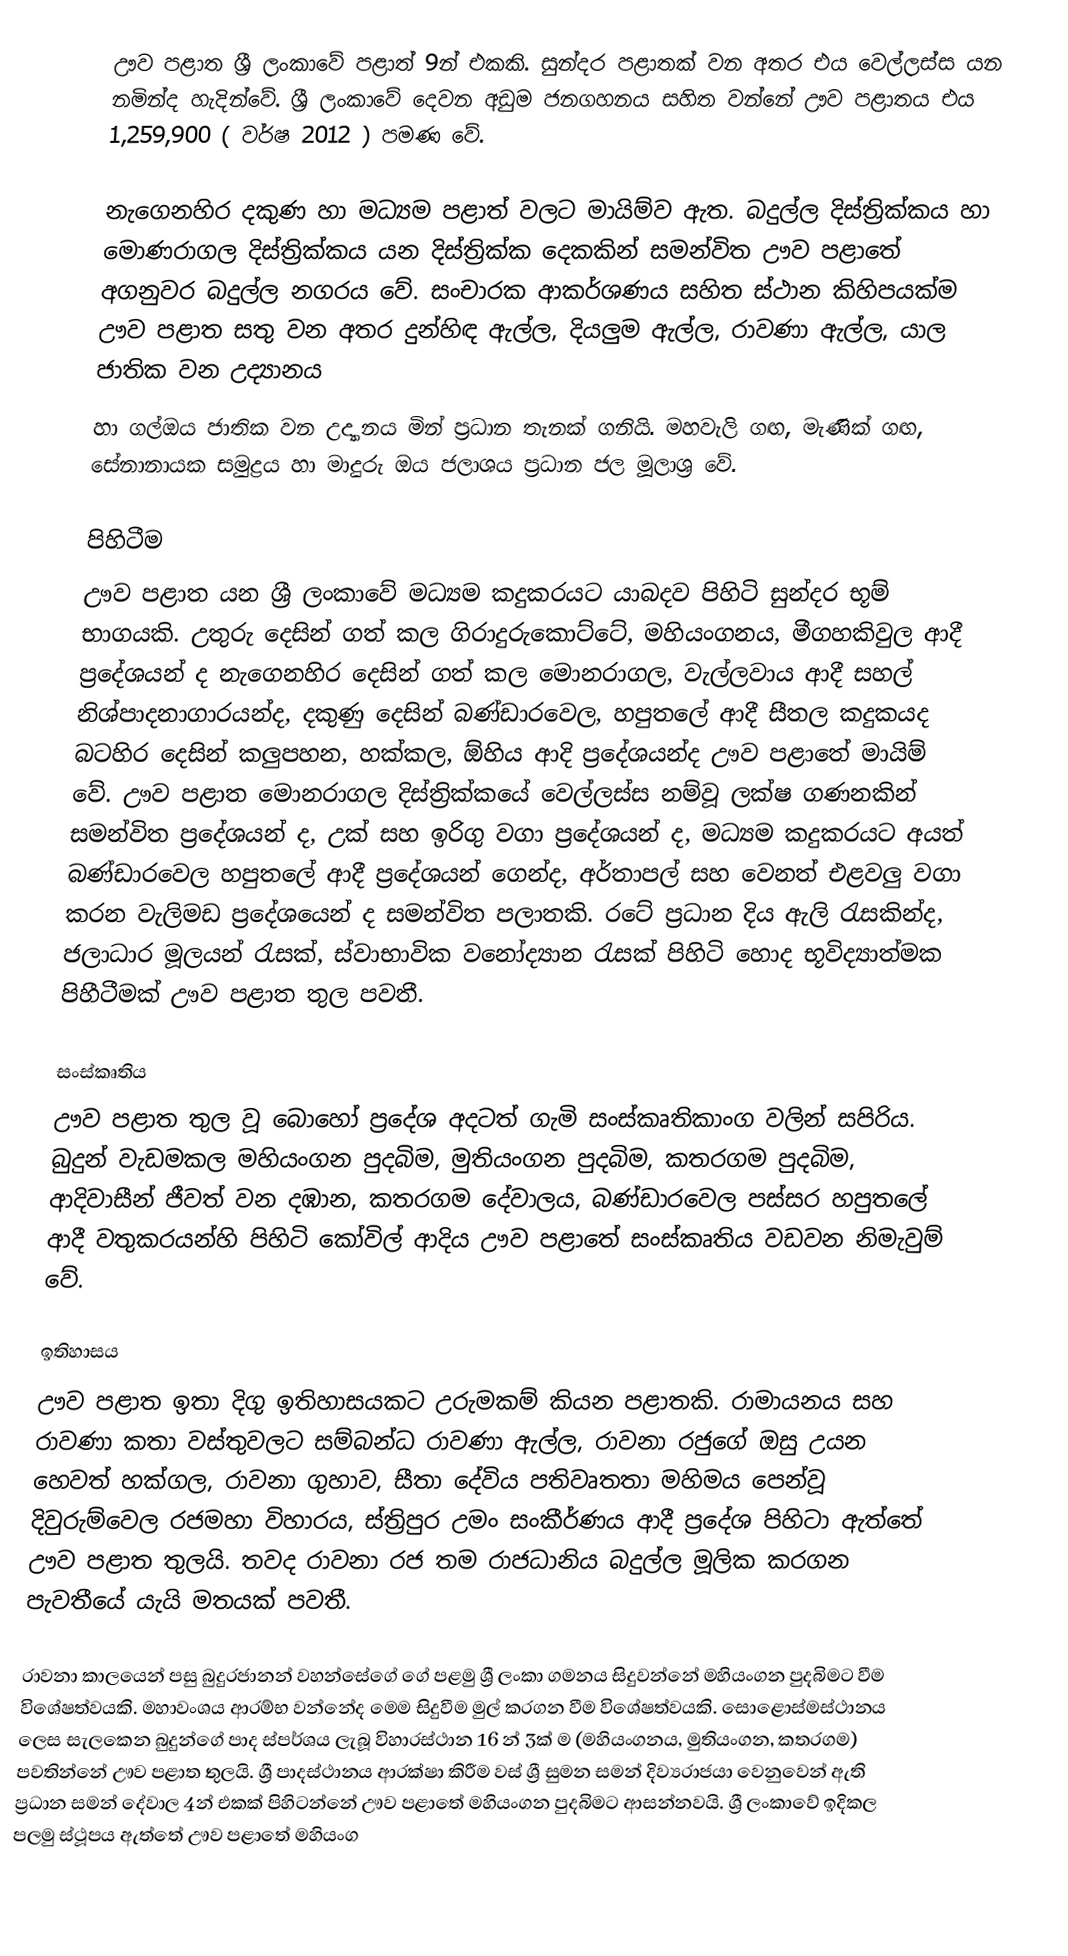
ඌව පළාත ශ්‍රී ලංකාවේ පළාත් 9න් එකකි. සුන්දර පළාතක් වන අතර එය වෙල්ලස්ස යන නමින්ද හැදින්වේ. ශ්‍රී ලංකාවේ දෙවන අඩුම ජනගහනය සහිත වන්නේ ඌව පළාතය එය 1,259,900 ( වර්ෂ 2012 ) පමණ ‍වේ.

නැගෙනහිර දකුණ හා මධ්‍යම පළාත් වලට මායිම්ව ඇත. බදුල්ල දිස්ත්‍රික්කය හා මොණරාගල දිස්ත්‍රික්කය යන දිස්ත්‍රික්ක දෙකකින් සමන්විත ඌව පළාතේ අගනුවර බදුල්ල නගරය වේ. සංචාරක ආකර්ශණය සහිත ස්ථාන කිහිපයක්ම ඌව පළාත සතු වන අතර දුන්හිඳ ඇල්ල, දියලුම ඇල්ල, රාවණා ඇල්ල, යාල ජාතික වන උද්‍යානය
හා ගල්ඔය  ජාතික වන උද්‍යානය මින් ප්‍රධාන තැනක් ගනියි. මහවැලි ගඟ, මැණික් ගඟ, සේනානායක සමුද්‍රය හා මාදුරු ඔය ජලාශය ප්‍රධාන ජල මූලාශ්‍ර වේ.

පිහිටීම
ඌව පළාත යන ශ්‍රී ලංකාවේ මධ්‍යම කදුකරයට යාබදව පිහිටි සුන්දර භූම් භාගයකි. උතුරු දෙසින් ගත් කල ගිරාදුරුකොට්ටේ, මහියංගනය, මීගහකිවුල ආදී ප්‍රදේශයන් ද නැගෙනහිර දෙසින් ගත් කල මොනරාගල, වැල්ලවාය ආදී සහල් නිශ්පාදනාගාරයන්ද, දකුණු දෙසින් බණ්ඩාරවෙල, හපුතලේ ආදී සීතල කදුකයද බටහිර දෙසින් කලුපහන, හක්කල, ඕහිය ආදි ප්‍රදේශයන්ද ඌව පළාතේ මායිම් වේ. ඌව පළාත මොනරාගල දිස්ත්‍රික්කයේ වෙල්ලස්ස නම්වූ ලක්ෂ ගණනකින් සමන්විත ප්‍රදේශයන් ද, උක් සහ ඉරිගු වගා ප්‍රදේශයන් ද, මධ්‍යම කදුකරයට අයත් බණ්ඩාරවෙල හපුතලේ ආදී ප්‍රදේශයන් ගෙන්ද, අර්තාපල් සහ වෙනත් එළවලු වගා කරන වැලිමඩ ප්‍රදේශයෙන් ද සමන්විත පලාතකි. රටේ ප්‍රධාන දිය ඇලි රැසකින්ද, ජලාධාර මූලයන් රැසක්, ස්වාභාවික වනෝද්‍යාන රැසක් පිහිටි හොද භූවිද්‍යාත්මක පිහීටීමක් ඌව පළාත තුල පවතී.

සංස්කෘතිය
ඌව පළාත තුල වූ බොහෝ ප්‍රදේශ අදටත් ගැමි සංස්කෘතිකාංග වලින් සපිරිය. බුදුන් වැඩමකල මහියංගන පුදබිම, මුතියංගන පුදබිම, කතරගම පුදබිම, ආදිවාසීන් ජීවත් වන දඹාන, කතරගම දේවාලය, බණ්ඩාරවෙල පස්සර හපුතලේ ආදී වතුකරයන්හි පිහිටි කෝවිල් ආදිය ඌව පළාතේ සංස්කෘතිය වඩවන නිමැවුම් වේ.

ඉතිහාසය
ඌව පළාත ඉතා දිගු ඉතිහාසයකට උරුමකම් කියන පළාතකි. රාමායනය සහ රාවණා කතා වස්තුවලට සම්බන්ධ රාවණා ඇල්ල, රාවනා රජුගේ ඔසු උයන හෙවත් හක්ගල, රාවනා ගුහාව, සීතා දේවිය පතිවෘතතා මහිමය පෙන්වූ දිවුරුම්වෙල රජමහා විහාරය, ස්ත්‍රිපුර උමං සංකීර්ණය ආදී ප්‍රදේශ පිහිටා ඇත්තේ ඌව පළාත තුලයි. තවද රාවනා රජ තම රාජධානිය බදුල්ල මූලික කරගන පැවතීයේ යැයි මතයක් පවතී.

රාවනා කාලයෙන් පසු බුදුරජානන් වහන්සේගේ ගේ පළමු ශ්‍රී ලංකා ගමනය සිදුවන්නේ මහියංගන පුදබිමට වීම විශේෂත්වයකි. මහාවංශය ආරම්භ වන්නේද මෙම සිදුවීම මුල් කරගන වීම විශේෂත්වයකි. සොළොස්මස්ථානය ලෙස සැලකෙන බුදුන්ගේ පාද ස්පර්ශය ලැබූ විහාරස්ථාන 16 න් 3ක් ම (මහියංගනය, මුතියංගන, කතරගම) පවතින්නේ ඌව පළාත තුලයි. ශ්‍රී පාදස්ථානය ආරක්ෂා කිරීම වස් ශ්‍රී සුමන සමන් දිව්‍යරාජයා වෙනුවෙන් ඇති ප්‍රධාන සමන් දේවාල 4න් එකක් පිහිටන්නේ ඌව පළාතේ මහියංගන පුදබිමට ආසන්නවයි. ශ්‍රී ලංකාවේ ඉදිකල පලමු ස්ථූපය ඇත්තේ ඌව පළාතේ මහියංග